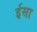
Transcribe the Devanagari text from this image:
र्इसा